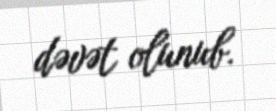
dəvət olunub.